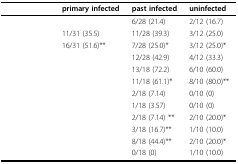
<table><thead><tr><td>[EMPTY_CELL]</td><td><b>primary infected</b></td><td><b>past infected</b></td><td><b>uninfected</b></td></tr></thead><tbody><tr><td>[EMPTY_CELL]</td><td>[EMPTY_CELL]</td><td>6/28 (21.4)</td><td>2/12 (16.7)</td></tr><tr><td>[EMPTY_CELL]</td><td>11/31 (35.5)</td><td>11/28 (39.3)</td><td>3/12 (25.0)</td></tr><tr><td>[EMPTY_CELL]</td><td>16/31 (51.6)**</td><td>7/28 (25.0)*</td><td>3/12 (25.0)*</td></tr><tr><td>[EMPTY_CELL]</td><td>[EMPTY_CELL]</td><td>12/28 (42.9)</td><td>4/12 (33.3)</td></tr><tr><td>[EMPTY_CELL]</td><td>[EMPTY_CELL]</td><td>13/18 (72.2)</td><td>6/10 (60.0)</td></tr><tr><td>[EMPTY_CELL]</td><td>[EMPTY_CELL]</td><td>11/18 (61.1)*</td><td>8/10 (80.0)**</td></tr><tr><td>[EMPTY_CELL]</td><td>[EMPTY_CELL]</td><td>2/18 (7.14)</td><td>0/10 (0)</td></tr><tr><td>[EMPTY_CELL]</td><td>[EMPTY_CELL]</td><td>1/18 (3.57)</td><td>0/10 (0)</td></tr><tr><td>[EMPTY_CELL]</td><td>[EMPTY_CELL]</td><td>2/18 (7.14) **</td><td>2/10 (20.0)*</td></tr><tr><td>[EMPTY_CELL]</td><td>[EMPTY_CELL]</td><td>3/18 (16.7)**</td><td>1/10 (10.0)</td></tr><tr><td>[EMPTY_CELL]</td><td>[EMPTY_CELL]</td><td>8/18 (44.4)**</td><td>2/10 (20.0)*</td></tr><tr><td>[EMPTY_CELL]</td><td>[EMPTY_CELL]</td><td>0/18 (0)</td><td>1/10 (10.0)</td></tr></tbody></table>